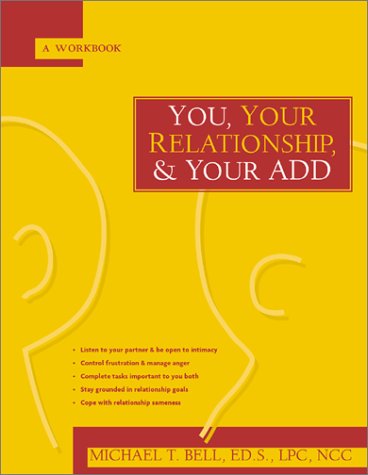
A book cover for You, Your Relationship & Your ADD: A Workbook; Michael T. Bell; Parenting & Relationships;